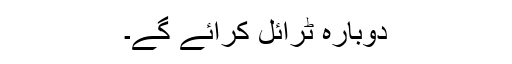
دوبارہ ٹرائل کرائے گے۔